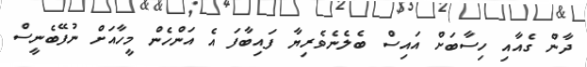
ދާން ގެއާއި ހިސާބަށް އައިސް ބެލެނެވެރިޔާ ފައިބާފަ އެ އަންހެން މީހާއަށް ނުފޭބެނީސް